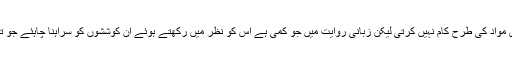
البتہ یہ بات درست ہے کہ زبانی روایت تحریری مواد کی طرح کام نہیں کرتی لیکن زبانی روایت میں جو کمی ہے اس کو نظر میں رکھتے ہوئے ان کوششوں کو سراہنا چاہئے جو تاریخ کی تشکیلِ نو کے سلسلے میں کی گئیں ہیں۔